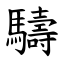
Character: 䮻